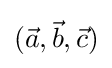
{\textstyle ({\vec {a}},{\vec {b}},{\vec {c}})}